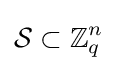
{\mathcal {S}}\subset \mathbb {Z} _{q}^{n}